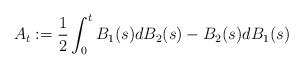
LaTeX: \begin{align*}A_{t} := \frac{1}{2} \int_{0}^{t} B_{1}(s) dB_{2}(s) - B_{2}(s)dB_{1}(s)\end{align*}